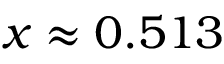
x \approx 0 . 5 1 3